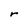
Character: r